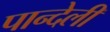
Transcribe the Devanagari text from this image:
पान्देली